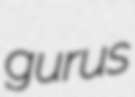
gurus